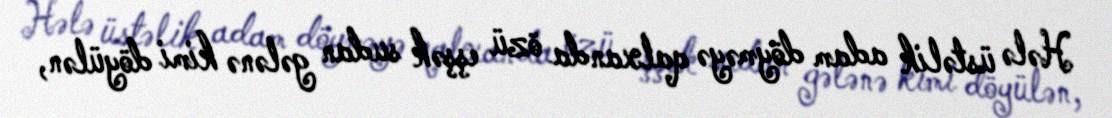
Hələ üstəlik adam döyməyə qalxanda özü eşşək sudan gələnə kimi döyülən,